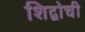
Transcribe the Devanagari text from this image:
शिद्वोची